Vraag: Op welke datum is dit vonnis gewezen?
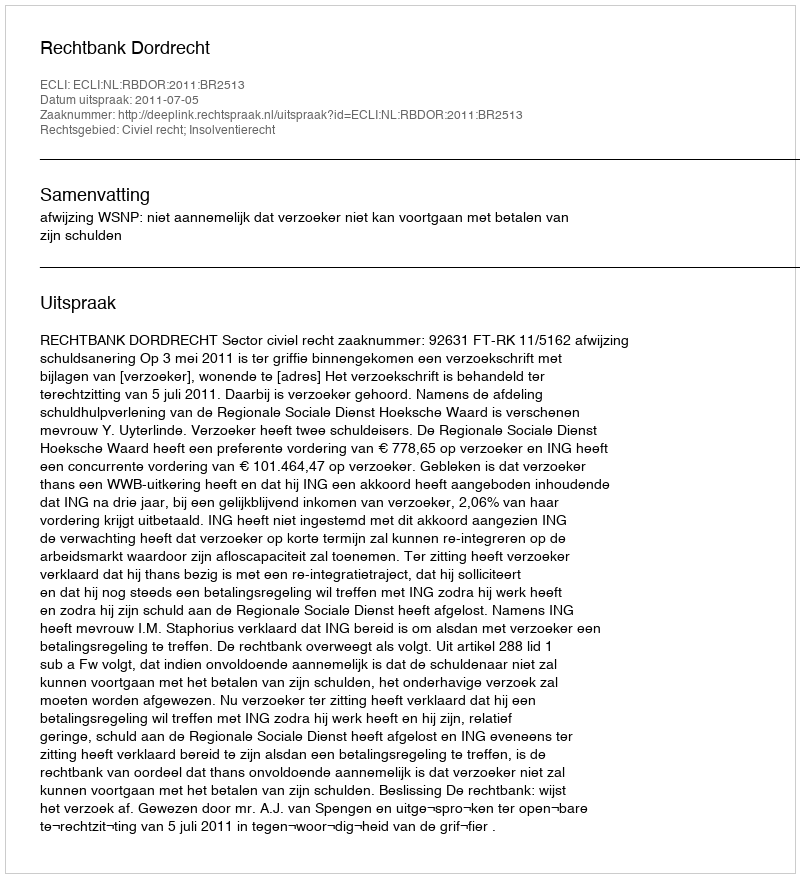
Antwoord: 2011-07-05